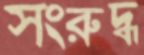
সংরুদ্ধ